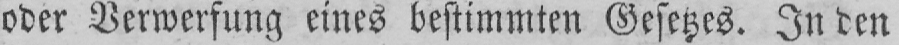
oder Verwerfung eines bestimmten Gesetzes. In den